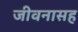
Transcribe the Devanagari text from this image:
जीवनासह